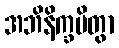
အဘိနိက္ခမိတွာ